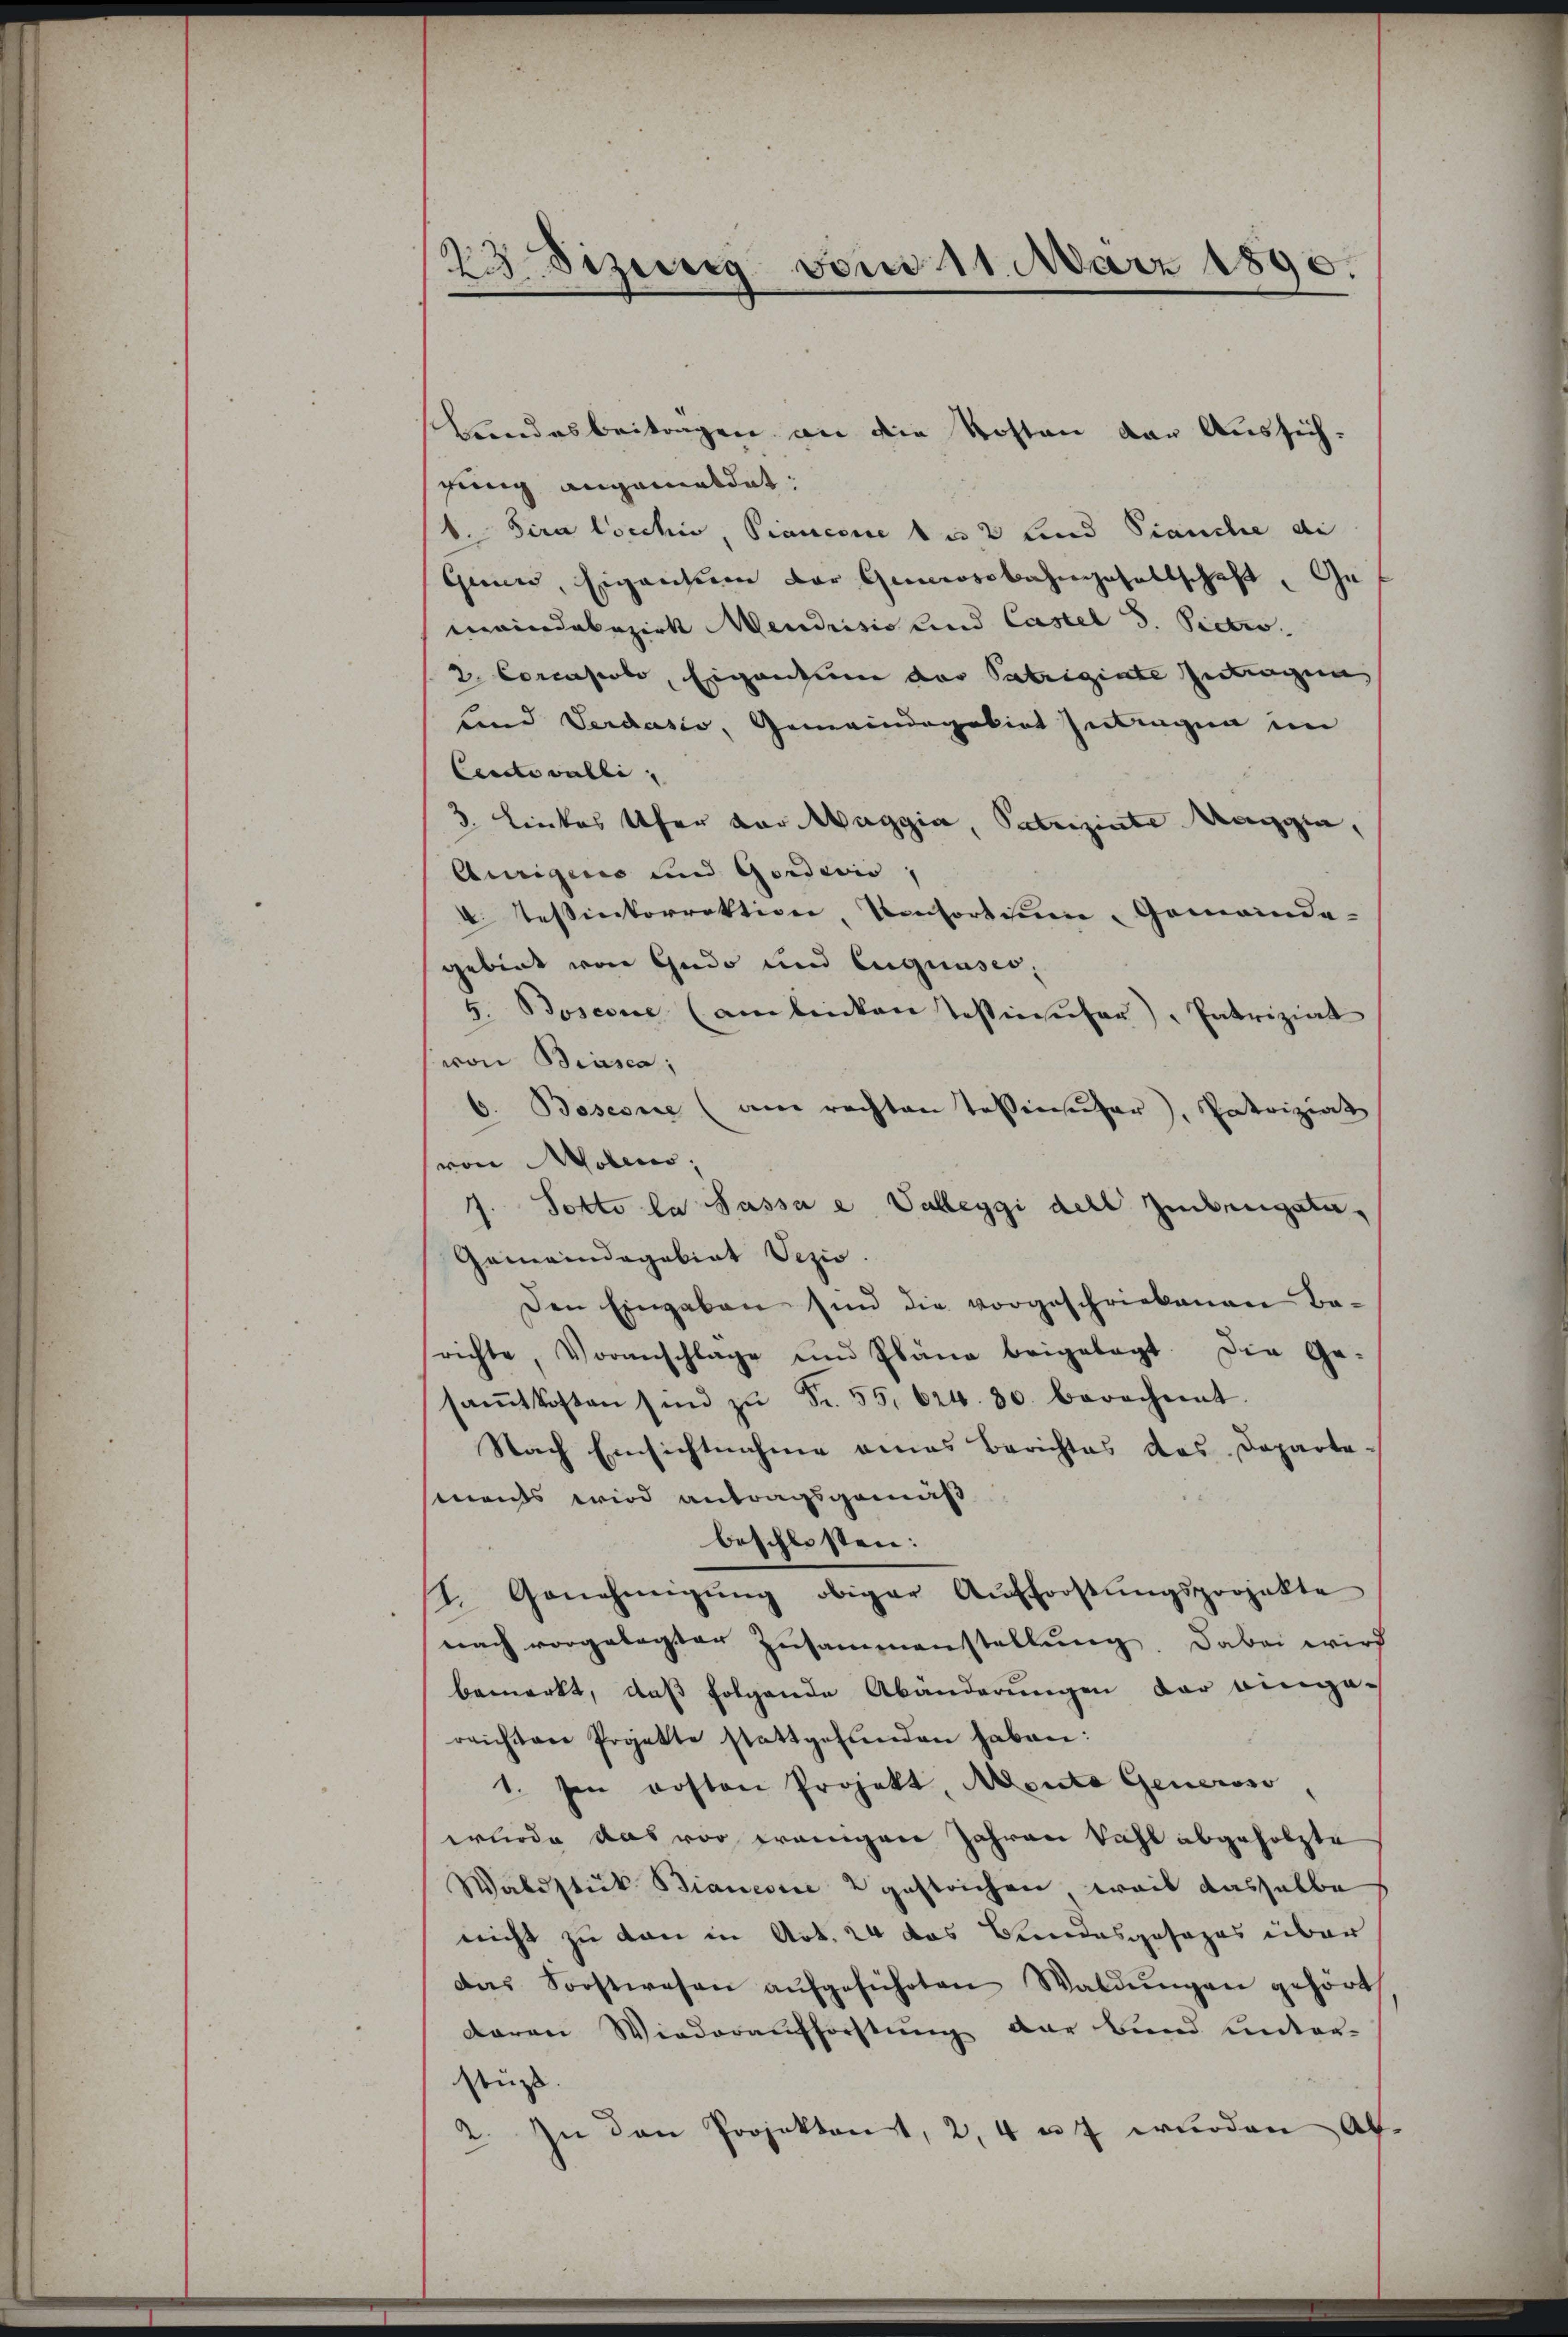
2Sizung vom 11. März 1890.

Bundesbeitragen an die Kosten der Aussichfing angemeldet:
d. Sira Cocchi, Pianesie du 2 lind Pianche di
Geurs, Eigentum der Genossbahngesellschaft, Ge
maindebezirk Mendrisis und Castel S. Pietro
2 Corcasiolo, Eigentum der Patriginte zutragen
Land Verdasio, Gemeindegekint zutragen im
Cincte wolle, |
3 Linkes Ufer vor Maggia, Patrizirte Maggia,
Auriges und Gordivis,
V. Tessinkorrektion, Konsortium, Gemeinde-
gebiet von Gudo und Eignuses,
5. Boserie (am linken Testinufer, Patriziat
von Biasca,
6. Bosesne (am rechten Tessinsŭfer, Patriziat
(von Molens,
7. Potto la Sassa e Valleggi dell zubeugsta¬
Gemeindagabiat Vezio.
Den Eingaben sind die vorgeschriebenen Ba-
richte, Voranschlage und Pläne beigelegt. Die Ge-
saṁtkosten sind zŭ Fr. 55. 624. 30. berechnet.
Nach Einsichtnahme eines Berichtes das Departe.
ments wird antragsgemäß
beschlossen:
I. Genehmigŭng obiger Aufforstungsprojekte
nach vorgelegter Zusammenstellŭng. Dabei wird
bemerkt, daß folgende Abänderungen der eingareichten Projekte stattgefunden haben:
1. in posten Projekt, Monta Generoso
wurde das vor wenigen Jahren kahl abgefolgte
Waldstück Biancoie 2 gestrichen, weil dasselbe
nicht zu den in Art. 24 das Bundesgesezes über
Das Sorstwesen aŭfgeführten Waldŭngen gehört
daren Wiederaufforstung der Bund unter-
stüzt.
In den Projektont, 2, 4 u. 7 wurden Abde